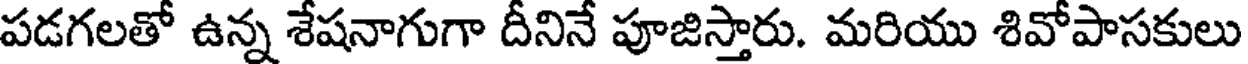
పడగలతో ఉన్న శేషనాగుగా దీనినే పూజిస్తారు. మరియు శివోపాసకులు